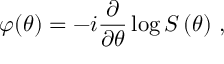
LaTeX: \varphi ( \theta ) = - i \frac { \partial } { \partial \theta } \log S \left( \theta \right) \, ,